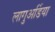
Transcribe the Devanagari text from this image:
लागुअर्डिया